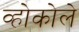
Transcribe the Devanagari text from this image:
व्होकोले